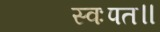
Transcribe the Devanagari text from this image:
स्वःपत॥